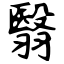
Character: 翳